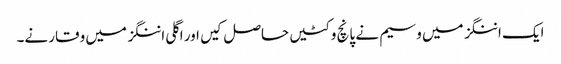
ایک اننگز میں وسیم نے پانچ وکٹیں حاصل کیں اور اگلی اننگز میں وقار نے۔